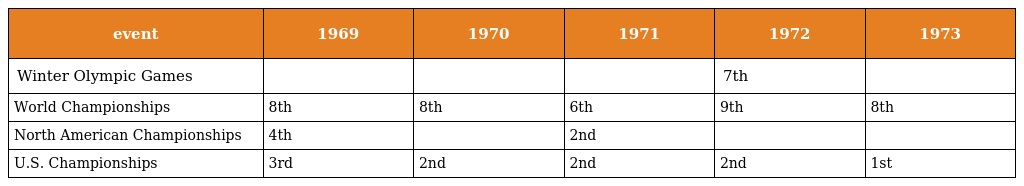
| event | 1969 | 1970 | 1971 | 1972 | 1973 |
 | --- | --- | --- | --- | --- | --- |
 | Winter Olympic Games |  |  |  | 7th |  |
 | World Championships | 8th | 8th | 6th | 9th | 8th |
 | North American Championships | 4th |  | 2nd |  |  |
 | U.S. Championships | 3rd | 2nd | 2nd | 2nd | 1st |